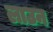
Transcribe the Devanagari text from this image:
लाउन